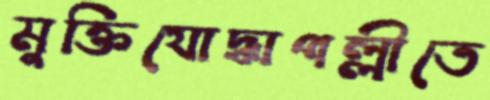
মুক্তিযোদ্ধাপল্লীতে